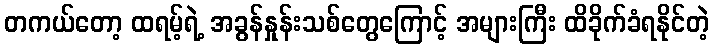
တကယ်တော့ ထရမ့်ရဲ့ အခွန်နှုန်းသစ်တွေကြောင့် အများကြီး ထိခိုက်ခံရနိုင်တဲ့